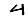
Digit: 4